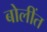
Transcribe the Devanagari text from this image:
बोलींत